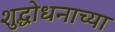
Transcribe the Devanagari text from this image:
शुद्धोधनाच्या